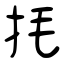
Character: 㧌